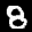
Label: 8